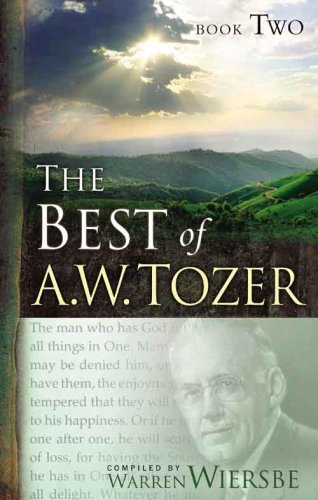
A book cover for The Best of A. W. Tozer, Book 2; A. W. Tozer; Christian Books & Bibles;